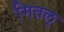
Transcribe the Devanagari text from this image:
मितल्